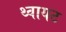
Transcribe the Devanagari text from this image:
थ्वायट